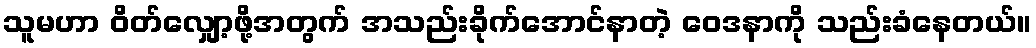
သူမဟာ ဝိတ်လျှော့ဖို့အတွက် အသည်းခိုက်အောင်နာတဲ့ ဝေဒနာကို သည်းခံနေတယ်။